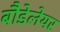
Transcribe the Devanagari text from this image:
बौडेलेयर